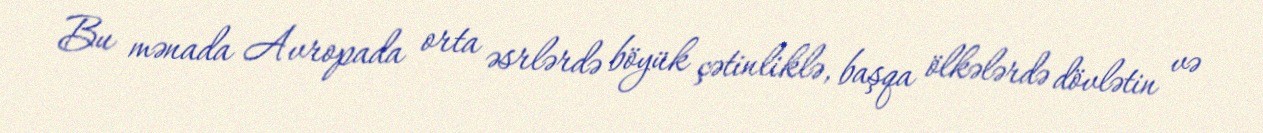
Bu mənada Avropada orta əsrlərdə böyük çətinliklə, başqa ölkələrdə dövlətin və